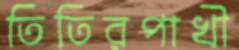
তিতিরপাখী